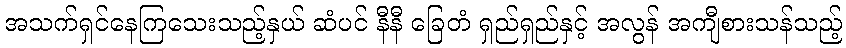
အသက်ရှင်နေကြသေးသည့်နှယ် ဆံပင် နီနီ ခြေတံ ရှည်ရှည်နှင့် အလွန် အကျီစားသန်သည့်